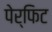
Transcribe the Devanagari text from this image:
पेर्फिट